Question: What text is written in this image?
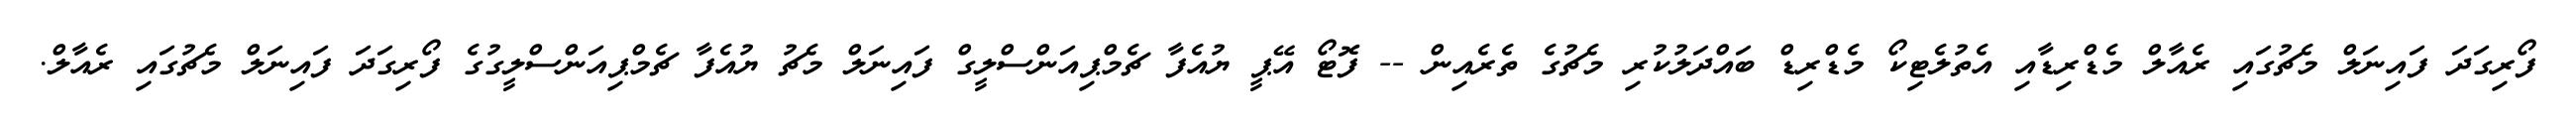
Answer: ފޯރިގަދަ ފައިނަލް މެޗުގައި ރެއާލް މެޑްރިޑާއި އެތުލެޓިކޯ މެޑްރިޑް ބައްދަލުކުރި މެޗުގެ ތެރެއިން -- ފޮޓޯ އޭޕީ ޔުއެފާ ޗެމްޕިއަންސްލީގް ފައިނަލް މެޗު ޔުއެފާ ޗެމްޕިއަންސްލީގުގެ ފޯރިގަދަ ފައިނަލް މެޗުގައި ރެއާލް.